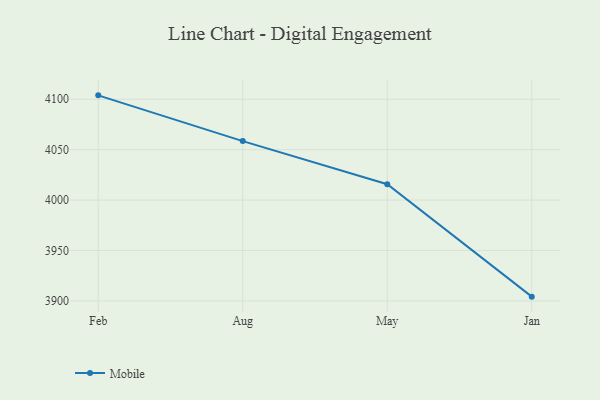
{"axis": {"x": "Month", "y": "Customer Acquisition Cost (USD)"}, "legend": ["Mobile"], "data": [{"x": "Feb", "y": 4103.9, "type": "Mobile"}, {"x": "Aug", "y": 4058.5, "type": "Mobile"}, {"x": "May", "y": 4015.7, "type": "Mobile"}, {"x": "Jan", "y": 3904.2, "type": "Mobile"}]}